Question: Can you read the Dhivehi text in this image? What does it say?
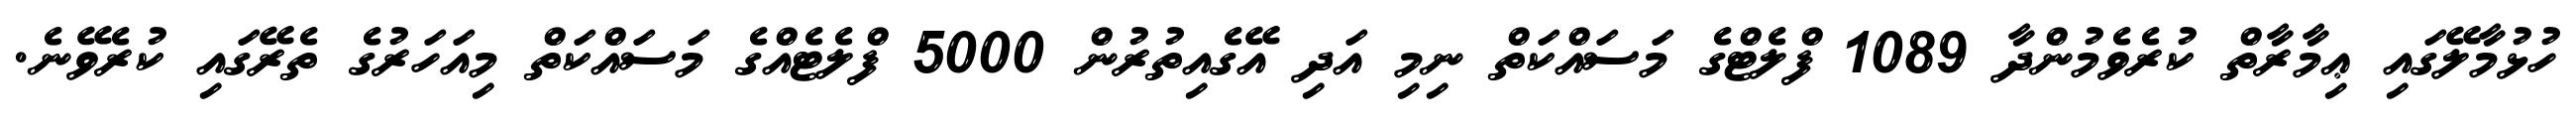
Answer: ހުޅުމާލޭގައި ޢިމާރާތް ކުރެވެމުންދާ 1089 ފްލެޓްގެ މަސައްކަތް ނިމި އަދި އޭގެއިތުރުން 5000 ފްލެޓެއްގެ މަސައްކަތް މިއަހަރުގެ ތެރޭގައި ކުރެވޭނެ.